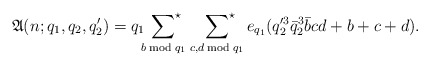
\begin{align*}\mathfrak{A}(n;q_1,q_2,q_2')=q_1\sideset{}{^\star}\sum_{b\bmod{q_1}}\;\sideset{}{^\star}\sum_{c,d\bmod{q_1}}e_{q_1}(q_2'^3\bar{q}_2^3\bar{b}cd+b+c+d).\end{align*}